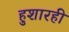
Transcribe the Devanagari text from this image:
हुशारही